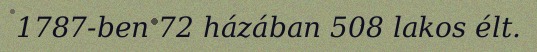
1787-ben 72 házában 508 lakos élt.